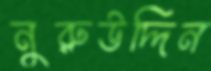
নুরুউদ্দিন